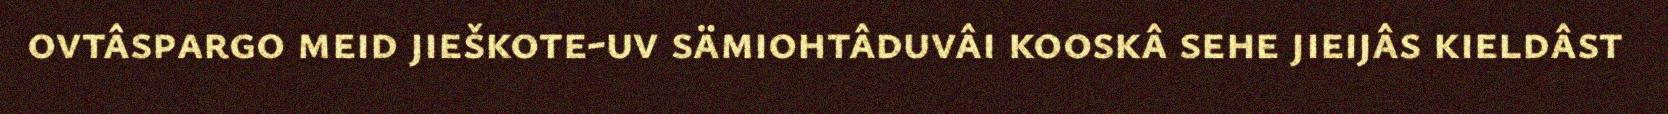
ovtâspargo meid jieškote-uv sämiohtâduvâi kooskâ sehe jieijâs kieldâst